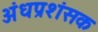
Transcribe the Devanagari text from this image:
अंधप्रशंसक